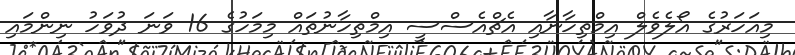
މިއަހަރުގެ އޯލެވެލް އިމްތިހާނާއި އެޗްއެސްސީ އިމްތިހާނުތައް މިމަހުގެ 16 ވަނަ ދުވަހު ނިންމައި